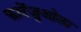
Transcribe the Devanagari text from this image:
फारेंजुओला